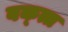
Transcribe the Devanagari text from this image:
वक्त्त